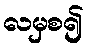
လမှစ၍